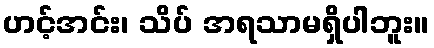
ဟင့်အင်း၊ သိပ် အရသာမရှိပါဘူး။